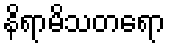
နိရာမိသတရော